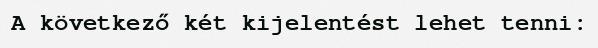
A következő két kijelentést lehet tenni: